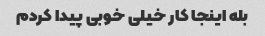
بله اینجا کار خیلی خوبی پیدا کردم